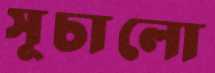
সূচালো